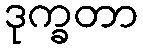
ဒုက္ခတာ